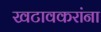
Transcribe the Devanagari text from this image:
खटावकरांना